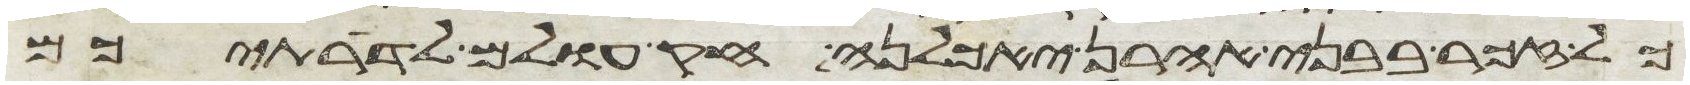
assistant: כל זכר בבני אהרן יאכלנה חק עולם לדרתיכם